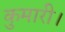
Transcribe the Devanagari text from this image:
कुमारी।